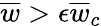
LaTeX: \overline{{w}}>\epsilon\overline{{w}}_{c}